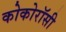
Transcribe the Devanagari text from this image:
कोकोरॉसी